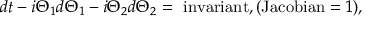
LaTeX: d t - i \Theta _ { 1 } d \Theta _ { 1 } - i \Theta _ { 2 } d \Theta _ { 2 } = \mathrm { ~ i n v a r i a n t } , ( \mathrm { J a c o b i a n } = 1 ) ,